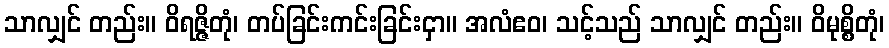
သာလျှင် တည်း။ ဝိရဇ္ဇိတုံ၊ တပ်ခြင်းကင်းခြင်းငှာ။ အလံဧဝ၊ သင့်သည် သာလျှင် တည်း။ ဝိမုစ္စိတုံ၊